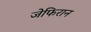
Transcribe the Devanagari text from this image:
जेफिरान